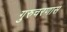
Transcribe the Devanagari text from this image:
गुरुचरणास